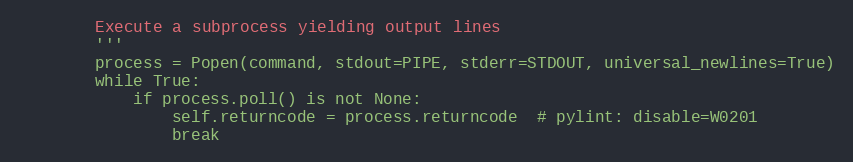
Language: Python
        Execute a subprocess yielding output lines
        '''
        process = Popen(command, stdout=PIPE, stderr=STDOUT, universal_newlines=True)
        while True:
            if process.poll() is not None:
                self.returncode = process.returncode  # pylint: disable=W0201
                break